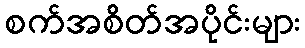
စက်အစိတ်အပိုင်းများ